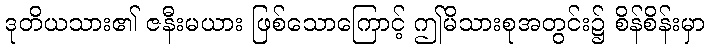
ဒုတိယသား၏ ဇနီးမယား ဖြစ်သောကြောင့် ဤမိသားစုအတွင်း၌ စိန်စိန်းမှာ